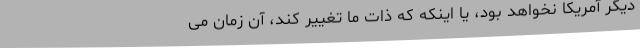
دیگر آمریکا نخواهد بود، یا اینکه که ذات ما تغییر کند، آن زمان می